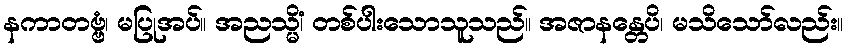
နကာတဗ္ဗံ၊ မပြုအပ်။ အညသ္မိံ၊ တစ်ပါးသောသူသည်။ အဇာနန္တေပိ၊ မသိသော်လည်း။